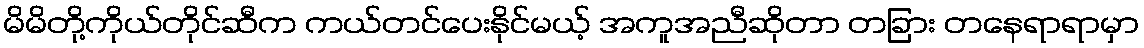
မိမိတို့ကိုယ်တိုင်ဆီက ကယ်တင်ပေးနိုင်မယ့် အကူအညီဆိုတာ တခြား တနေရာရာမှာ